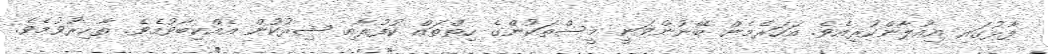
ފާޅުގައި އިއުލާންކުރިއެވެ. އަހަރެމެން ބޭނުންވަނީ މީސްތަކުންގެ ހިތްތައް ކުފުރާއި ޝިރުކުން އެއްކިބާވުމެވެ. ތާހިރުވުމެވެ.